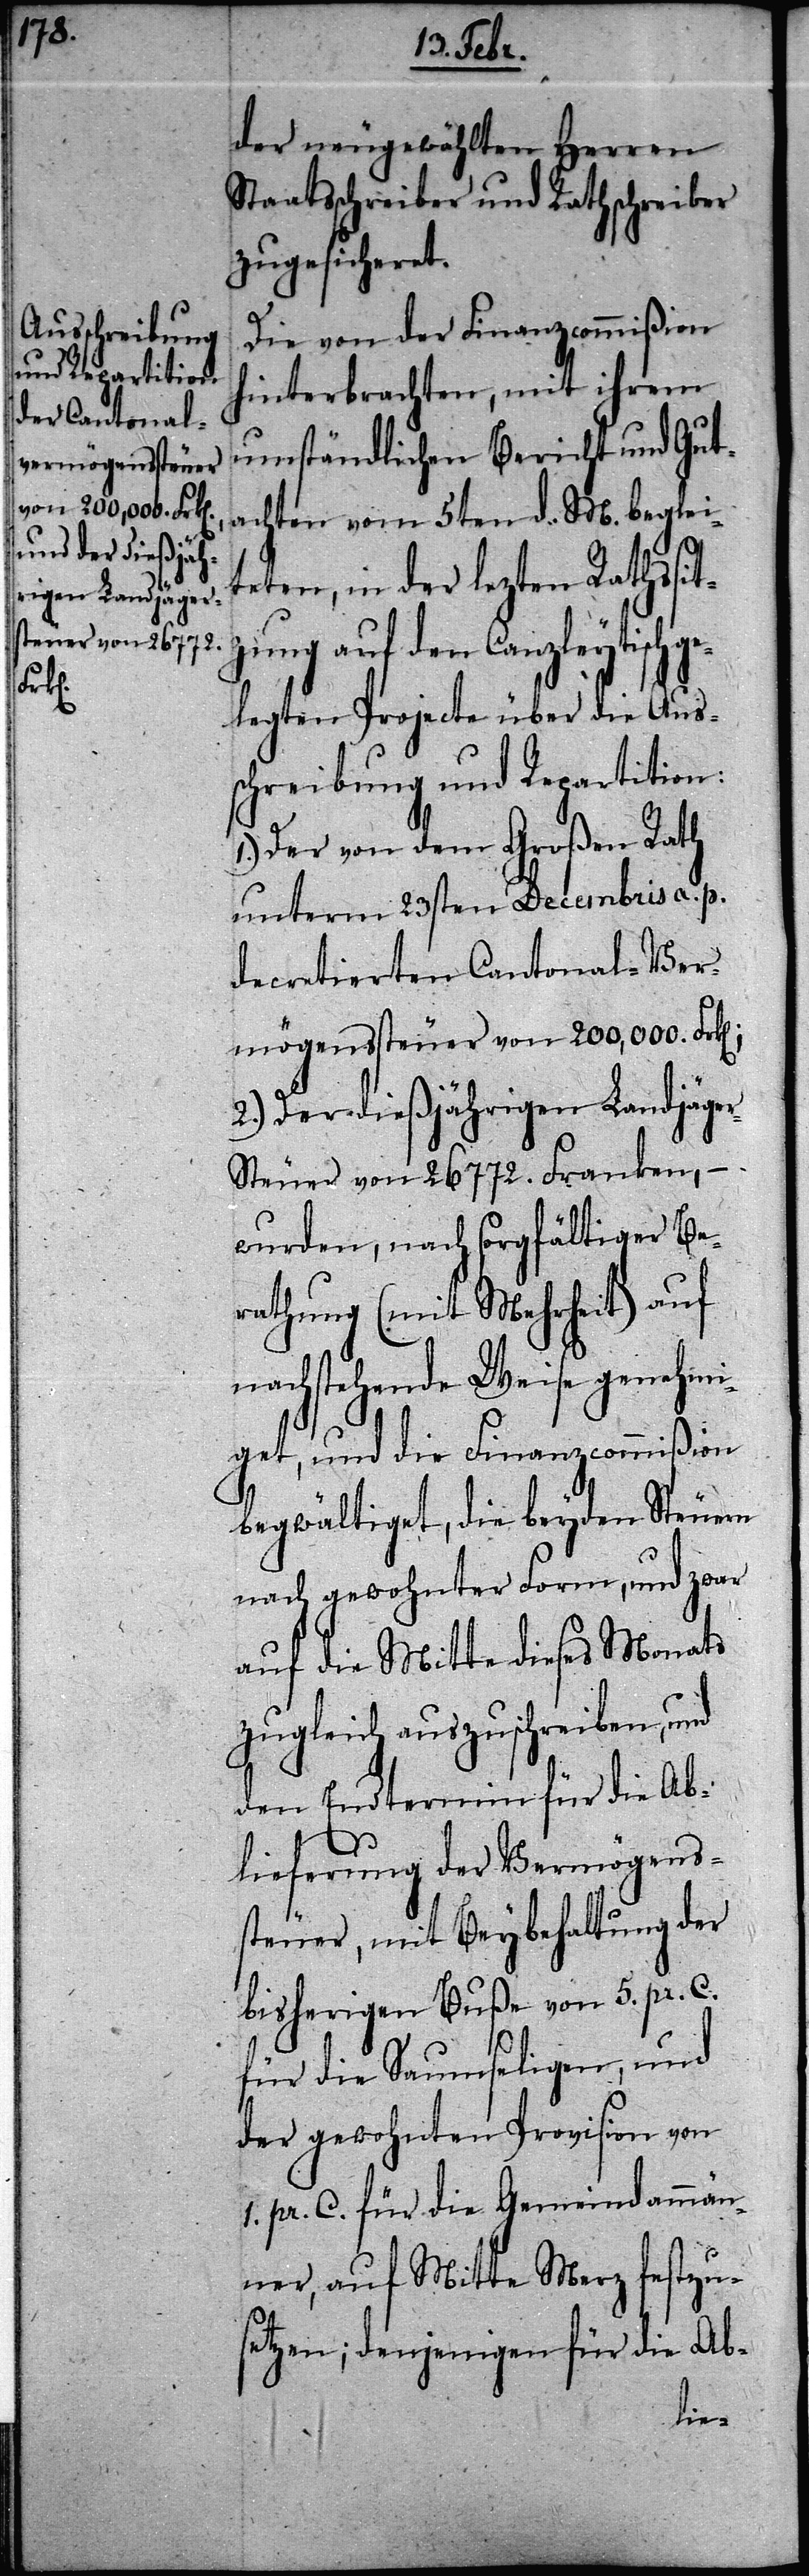
n].;

der neugewählten Herren
Staatsschreiber und Rathschreiber
zugesicheret.
Die von der Finanzcommißion
hinterbrachten, mit ihrem
umständlichen Bericht und Gut¬
achten vom 5ten d. M. beglei¬
teten, in der lezten Rathssit¬
zung auf den Canzleytisch
legten Projecte über die Aus¬
schreibung und Repartition:
1.) Der von dem Großen Rath
unterm 23sten Decembris a. p.
decretierten Cantonal-Ver¬
mögenssteuer von 200,000. Frk[e¬
2.) Der dießjährigen Landjäge¬
r-Steuer von 26772. Franken, –
wurden, nach sorgfältiger Be¬
rathung (mit Mehrheit) auf
nachstehende Weise genehmi¬
get, und die Finanzcommißion
begwältiget, die beyden Steuern
nach gewohnter Form, und zwar
auf die Mitte dieses Monats
zugleich auszuschreiben, und
den Endtermin für die Ab¬
lieferung der Vermögens¬
steuer, mit Beybehaltung der
bisherigen Buße von 5. pr. C.
für die Saumseligen, und
der gewohnten Provision von
1. pr. C. für die Gemeindammän¬
ner, auf Mitte Merz festzus¬
etzen; denjenigen für die Ab-
ge¬